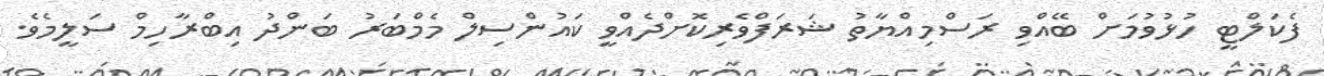
ފެކަލްޓީ ހުޅުވުމަށް ބޭއްވި ރަސްމިއްޔާތު ޝަރަފްވެރިކޮށްދެއްވީ ކައުންސިލް މެމްބަރު ބަންދު އިބްރާހިމް ސަލީމެވެ.